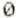
0